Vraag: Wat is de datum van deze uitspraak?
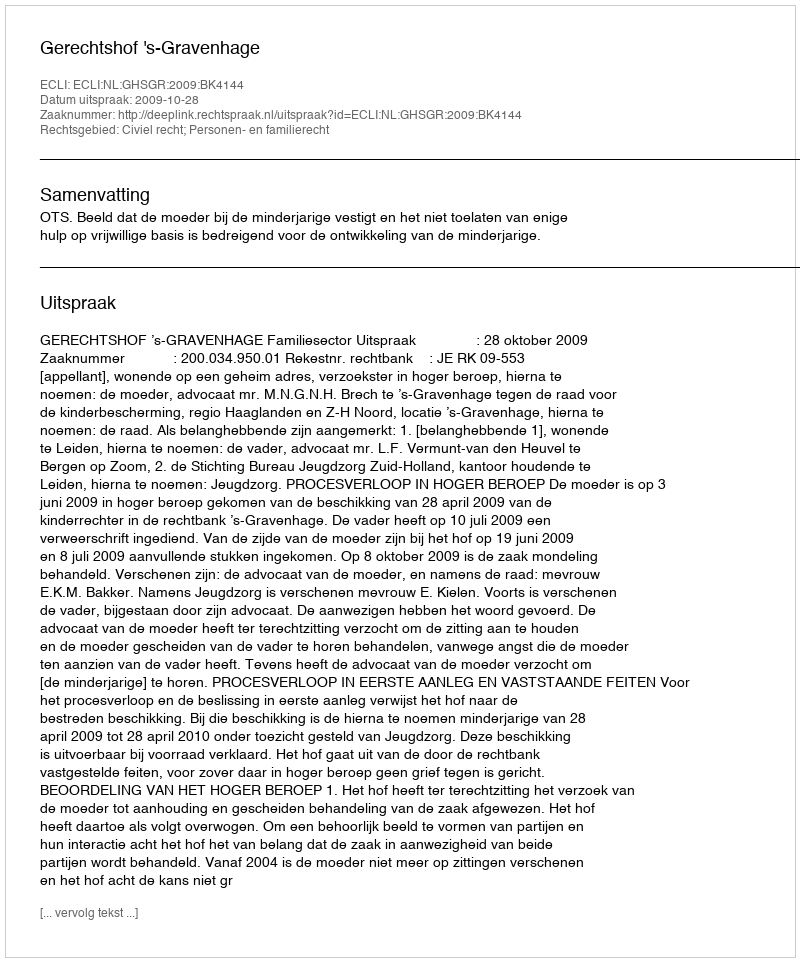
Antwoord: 2009-10-28